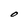
Character: O